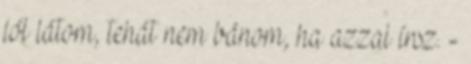
jól látom, tehát nem bánom, ha azzal írsz. -